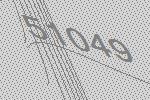
51049